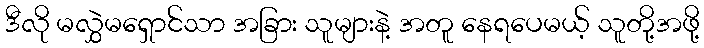
ဒီလို မလွှဲမရှောင်သာ အခြား သူများနဲ့ အတူ နေရပေမယ့် သူတို့အဖို့